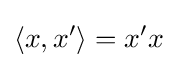
\left\langle x,x^{\prime }\right\rangle =x^{\prime }x